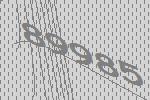
89985